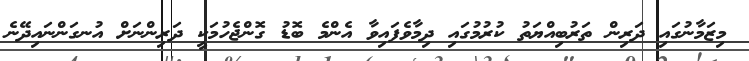
މިޒަމާނުގައި ދަރިން ތަރުބިއްޔަތު ކުރުމުގައި ދިމާވެފައިވާ އެންމެ ބޮޑު ގޮންޖެހުމަކީ ދަރިންނަށް އުނގަންނައިދޭނެ